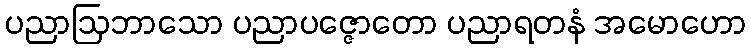
ပညာဩဘာသော ပညာပဇ္ဇောတော ပညာရတနံ အမောဟော